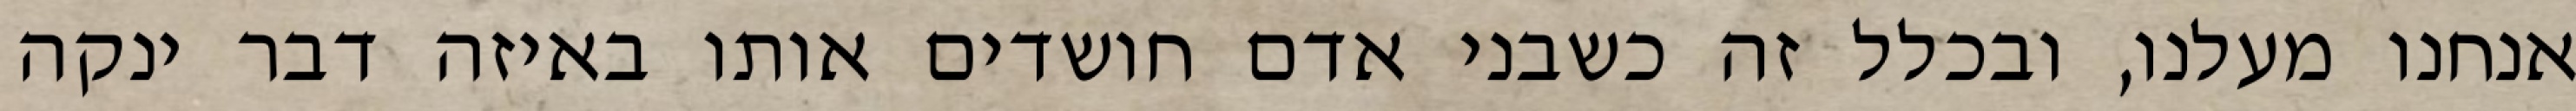
אנחנו מעלנו, ובכלל זה כשבני אדם חושדים אותו באיזה דבר ינקה